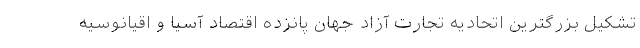
تشکیل بزرگترین اتحادیه تجارت آزاد جهان پانزده اقتصاد آسیا و اقیانوسیه